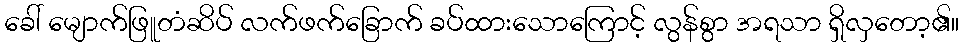
ခေါ် မျောက်ဖြူတံဆိပ် လက်ဖက်ခြောက် ခပ်ထားသောကြောင့် လွန်စွာ အရသာ ရှိလှတော့၏။